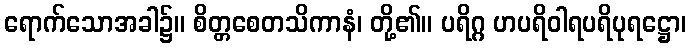
ရောက်သောအခါ၌။ စိတ္တစေတသိကာနံ၊ တို့၏။ ပရိဂ္ဂ ဟပရိဝါရပရိပုရဋ္ဌော၊